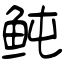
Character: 鲀